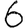
Digit: 6